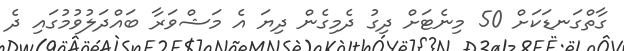
ގާތްގަނޑަކަށް 50 މިނެޓަށް ދިގު ދެމިގެން ދިޔަ އެ މަޝްވަރާ ބައްދަލުވުމުގައި ދެ